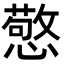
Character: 憼